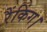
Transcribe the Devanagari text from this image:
रैंकिंग।